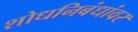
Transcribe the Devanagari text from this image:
शोधनिबंधांवर